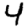
Digit: 4